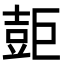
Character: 壾